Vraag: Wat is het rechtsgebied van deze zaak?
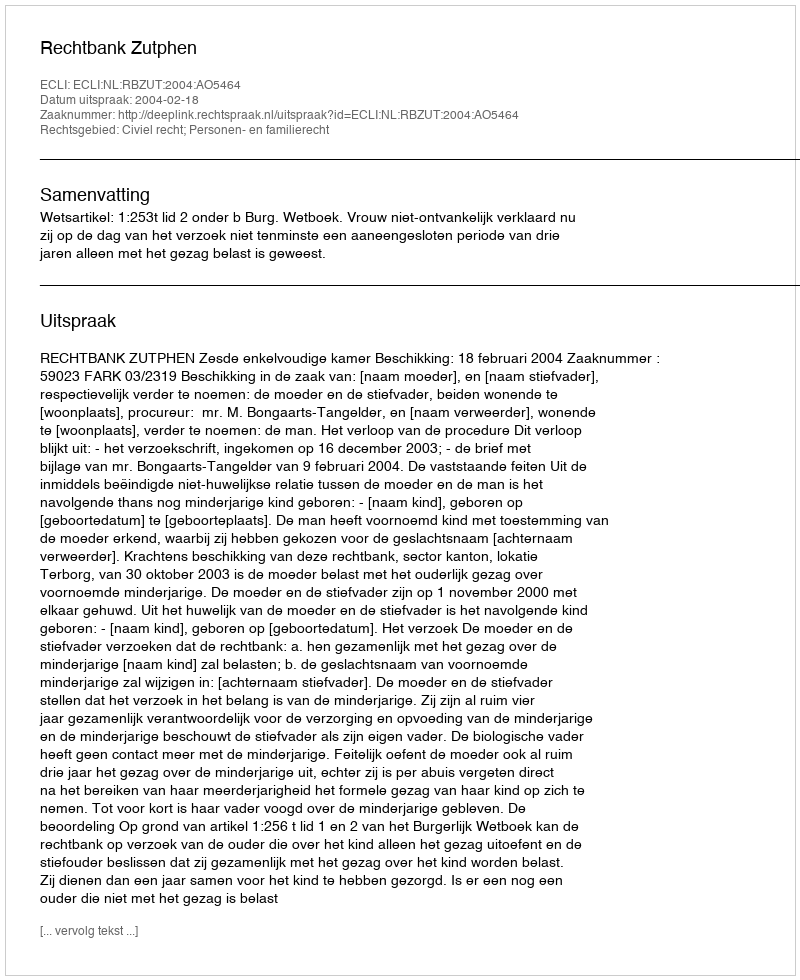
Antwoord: Civiel recht; Personen- en familierecht